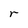
Character: r